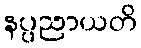
နပ္ပညာယတိ